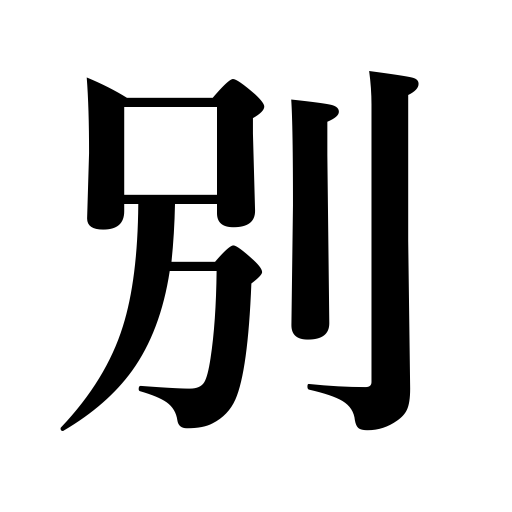
Meanings: isolate,split,diverge from,separate,fork,be divided,bid farewell,break up,branch off,share,spare,divide,distribute,be divorced,distinguish,scatter,disperse,part with